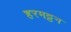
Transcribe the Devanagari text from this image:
हरमट्टन